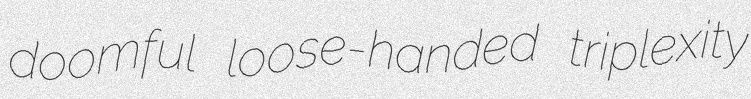
doomful loose-handed triplexity